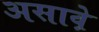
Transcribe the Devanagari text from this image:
असाव़े